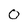
Character: O